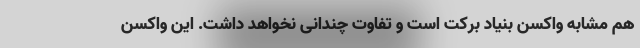
هم مشابه واکسن بنیاد برکت است و تفاوت چندانی نخواهد داشت. این واکسن